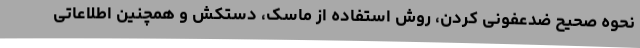
نحوه صحیح ضدعفونی کردن، روش استفاده از ماسک، دستکش و همچنین اطلاعاتی